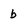
Character: b